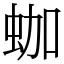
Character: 𧊀